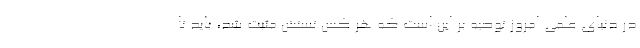
در دنیای علمی امروز توصیه بر این است که هر کس تستش مثبت شد، باید تا